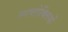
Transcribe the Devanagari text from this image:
स्पष्टोक्तियों